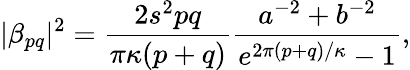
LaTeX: |\beta_{pq}|^{2}=\frac{2s^{2}pq}{\pi\kappa(p+q)}\frac{a^{-2}+b^{-2}}{e^{2\pi(p+q)/\kappa}-1},